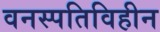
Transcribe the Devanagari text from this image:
वनस्पतिविहीन